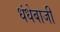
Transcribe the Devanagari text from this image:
धंधेबाजी